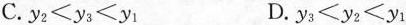
C.$$y _ { 2 } < y _ { 3 } < y _ { 1 }$$ D.$$y _ { 3 } < y _ { 2 } < y _ { 1 }$$